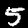
Label: 5